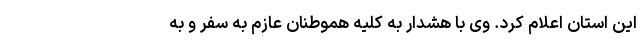
این استان اعلام کرد. وی با هشدار به کلیه هموطنان عازم به سفر و به